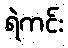
ရဲကင်း